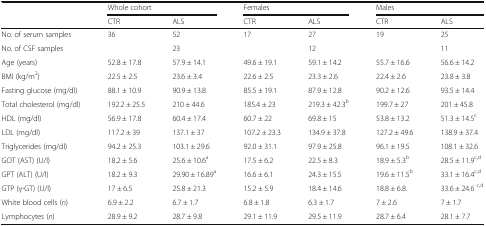
<table><thead><tr><td></td><td colspan="2"><b>Whole cohort</b></td><td colspan="2"><b>Females</b></td><td colspan="2"><b>Males</b></td></tr><tr><td></td><td><b>CTR</b></td><td><b>ALS</b></td><td><b>CTR</b></td><td><b>ALS</b></td><td><b>CTR</b></td><td><b>ALS</b></td></tr></thead><tbody><tr><td>No. of serum samples</td><td>36</td><td>52</td><td>17</td><td>27</td><td>19</td><td>25</td></tr><tr><td>No. of CSF samples</td><td></td><td>23</td><td></td><td>12</td><td></td><td>11</td></tr><tr><td>Age (years)</td><td>52.8 ± 17.8</td><td>57.9 ± 14.1</td><td>49.6 ± 19.1</td><td>59.1 ± 14.2</td><td>55.7 ± 16.6</td><td>56.6 ± 14.2</td></tr><tr><td>BMI (kg/m<sup>2</sup>)</td><td>22.5 ± 2.5</td><td>23.6 ± 3.4</td><td>22.6 ± 2.5</td><td>23.3 ± 2.6</td><td>22.4 ± 2.6</td><td>23.8 ± 3.8</td></tr><tr><td>Fasting glucose (mg/dl)</td><td>88.1 ± 10.9</td><td>90.9 ± 13.8</td><td>85.5 ± 19.1</td><td>87.9 ± 12.8</td><td>90.2 ± 12.6</td><td>93.5 ± 14.4</td></tr><tr><td>Total cholesterol (mg/dl)</td><td>192.2 ± 25.5</td><td>210 ± 44.6</td><td>185.4 ± 23</td><td>219.3 ± 42.3<sup>b</sup></td><td>199.7 ± 27</td><td>201 ± 45.8</td></tr><tr><td>HDL (mg/dl)</td><td>56.9 ± 17.8</td><td>60.4 ± 17.4</td><td>60.7 ± 22</td><td>69.8 ± 15</td><td>53.8 ± 13.2</td><td>51.3 ± 14.5<sup>c</sup></td></tr><tr><td>LDL (mg/dl)</td><td>117.2 ± 39</td><td>137.1 ± 37</td><td>107.2 ± 23.3</td><td>134.9 ± 37.8</td><td>127.2 ± 49.6</td><td>138.9 ± 37.4</td></tr><tr><td>Triglycerides (mg/dl)</td><td>94.2 ± 25.3</td><td>103.1 ± 29.6</td><td>92.0 ± 31.1</td><td>97.9 ± 25.8</td><td>96.1 ± 19.5</td><td>108.1 ± 32.6</td></tr><tr><td>GOT (AST) (U/l)</td><td>18.2 ± 5.6</td><td>25.6 ± 10.6<sup>a</sup></td><td>17.5 ± 6.2</td><td>22.5 ± 8.3</td><td>18.9 ± 5.3<sup>b</sup></td><td>28.5 ± 11.9<sup>c,d</sup></td></tr><tr><td>GPT (ALT) (U/l)</td><td>18.2 ± 9.3</td><td>29.90 ± 16.89<sup>a</sup></td><td>16.6 ± 6.1</td><td>24.3 ± 15.5</td><td>19.6 ± 11.5<sup>b</sup></td><td>33.1 ± 16.4<sup>c,d</sup></td></tr><tr><td>GTP (γ-GT) (U/l)</td><td>17 ± 6.5</td><td>25.8 ± 21.3</td><td>15.2 ± 5.9</td><td>18.4 ± 14.6</td><td>18.8 ± 6.8</td><td>33.6 ± 24.6 <sup>c,d</sup></td></tr><tr><td>White blood cells (<i>n</i>)</td><td>6.9 ± 2.2</td><td>6.7 ± 1.7</td><td>6.8 ± 1.8</td><td>6.3 ± 1.7</td><td>7 ± 2.6</td><td>7 ± 1.7</td></tr><tr><td>Lymphocytes (<i>n</i>)</td><td>28.9 ± 9.2</td><td>28.7 ± 9.8</td><td>29.1 ± 11.9</td><td>29.5 ± 11.9</td><td>28.7 ± 6.4</td><td>28.1 ± 7.7</td></tr></tbody></table>